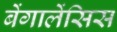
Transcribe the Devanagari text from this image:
बेंगालेंसिस